Scottish Leaving Certificate Examination, 1952
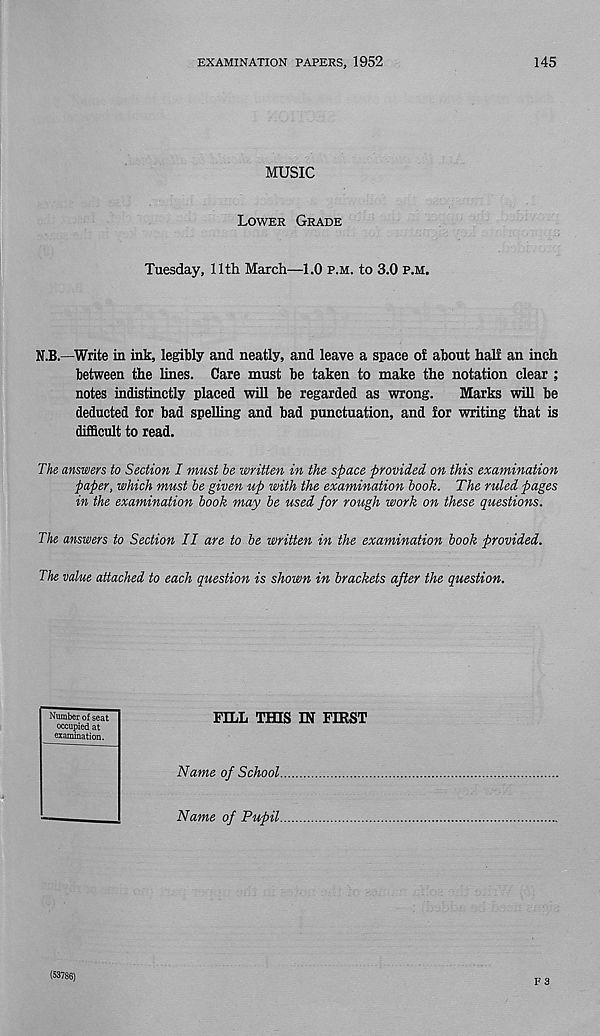
EXAMINATION PAPERS, 1952
145
MUSIC
Lower Grade
Tuesday, 11th March—1.0 p.m. to 3.0 p.m.
N.B.—Write in ink, legibly and neatly, and leave a space of about half an inch
between the lines. Care must be taken to make the notation clear ;
notes indistinctly placed will be regarded as wrong.
Marks will be
deducted for bad spelling and bad punctuation, and for writing that is
difficult to read.
The answers to Section I must he written in the space provided on this examination
paper, which must he given up with the examination hook. The ruled pages
in the examination hook may he used for rough work on these questions.
The answers to Section II are to he written in the examination hook provided.
The value attached to each question is shown in brackets after the question.
Number of seat
FILL THIS IN FIRST
occupied at
examination.
Name of School
■
Name of Pupil
(53786)
F 3